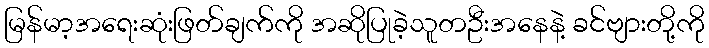
မြန်မာ့အရေးဆုံးဖြတ်ချက်ကို အဆိုပြုခဲ့သူတဦးအနေနဲ့ ခင်ဗျားတို့ကို